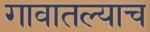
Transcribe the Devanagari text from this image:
गावातल्याच